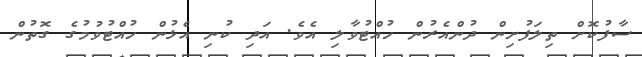
ސާފުކޮށް ތިލަފުށިން ދުންއެރުން ހުއްޓުވާލި އެވެ. އަދި ކުނި އެޅުން ހުއްޓުވުމުގެ ގޮތުން